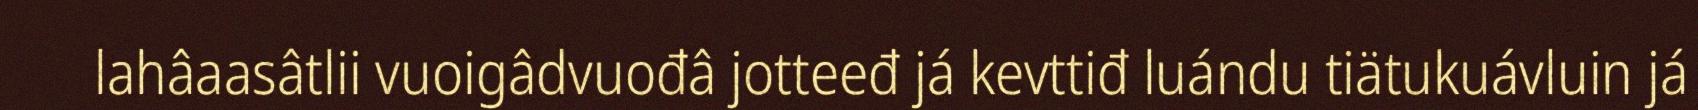
lahâaasâtlii vuoigâdvuođâ jotteeđ já kevttiđ luándu tiätukuávluin já